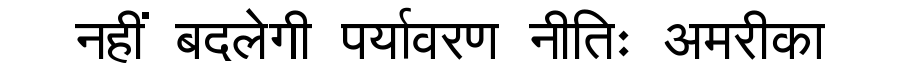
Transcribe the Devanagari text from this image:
नहीं बदलेगी पर्यावरण नीतिः अमरीका